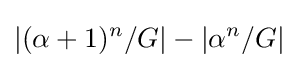
|(\alpha +1)^{n}/G|-|\alpha ^{n}/G|